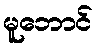
မူဘောင်